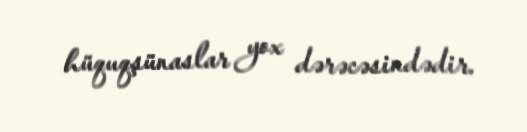
hüquqşünaslar yox dərəcəsindədir.